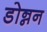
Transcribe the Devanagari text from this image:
डोन्नन